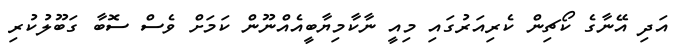
އަދި އޭނާގެ ކޯޗިން ކެރިއަރުގައި މިއީ ނާކާމިޔާބީއެއްނޫން ކަމަށް ވެސް ސޮބާ ގަބޫލުކުރި